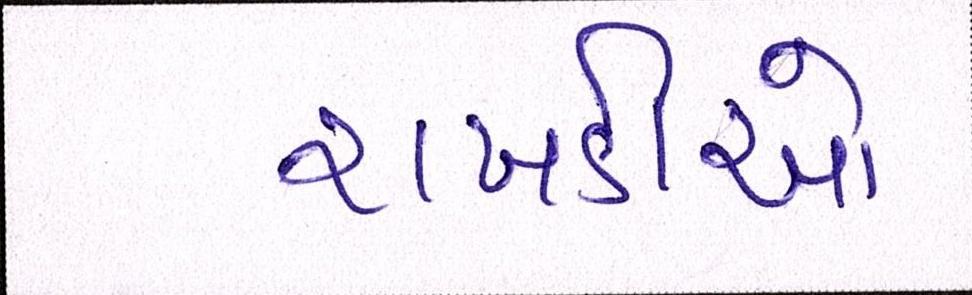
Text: રાખડીઓ